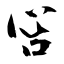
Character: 吢